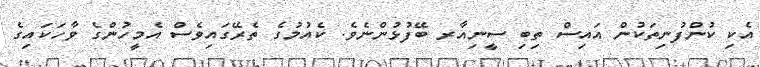
އެކި ކުންފުނިތަކުން އައިސް ތިބި ސީނިއާރ ބޭފުޅުންނެވެ. ކެއުމުގެ ތެރޭގައިވެސް އެމީހުންގެ ވާހަކައިގެ